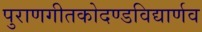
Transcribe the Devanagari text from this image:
पुराणगीतकोदण्डविद्यार्णव